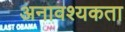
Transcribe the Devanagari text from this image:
अनावश्यकता